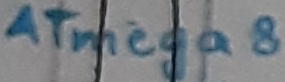
Text: ATmega8